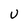
Character: U